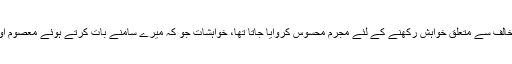
زیادہ تر نوجوانوں کی طرح اسے بھی صنفِ مخالف سے متعلق خواہش رکھنے کے لئے مجرم محسوس کروایا جاتا تھا، خواہشات جو کہ میرے سامنے بات کرتے ہوئے معصوم اور دوستوں کے سامنے دکھاوے کی ہوتی تھیں۔